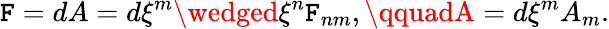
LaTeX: {\cal\mathtt{F}}=dA=d\xi^{m}\wedged\xi^{n}{\cal\mathtt{F}}_{nm},\qquadA=d\xi^{m}A_{m}.